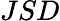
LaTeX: JSD